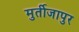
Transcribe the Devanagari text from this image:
मुर्तीजापुर